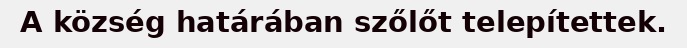
A község határában szőlőt telepítettek.